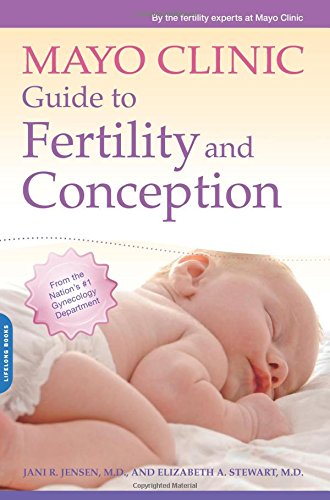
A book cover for Mayo Clinic Guide to Fertility and Conception; Jani R. Jensen; Parenting & Relationships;